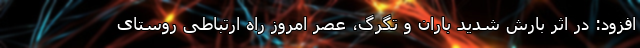
افزود: در اثر بارش شدید باران و تگرگ، عصر امروز راه ارتباطی روستای